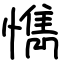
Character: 懏